Cholera in southern India
Disease focus: Cholera
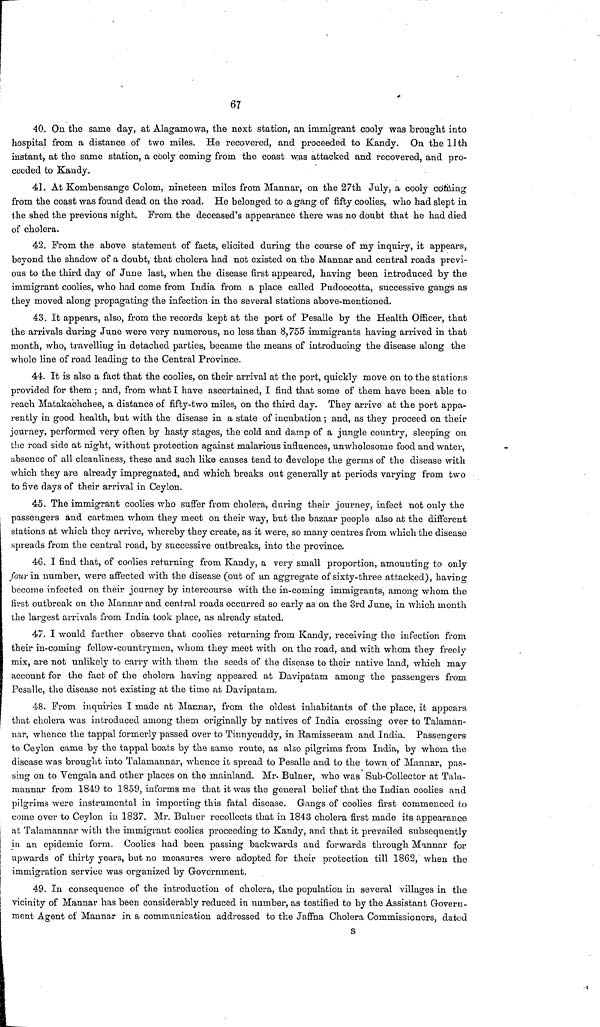
67
40. On the same day, at Alagamowa, the next station, an immigrant cooly was brought into
hospital from a distance of two miles. He recovered, and proceeded to Kandy. On the 11th
instant, at the same station, a cooly coming from the coast was attacked and recovered, and pro-
ceeded to Kandy.
41. At Kombensange Colom, nineteen miles from Mannar, on the 27th July, a cooly coming
from the coast was found dead on the road. He belonged to a gang of fifty coolies, who had slept in
the shed the previous night. From the deceased's appearance there was no doubt that he had died
of cholera.
42. From the above statement of facts, elicited during the course of my inquiry, it appears,
beyond the shadow of a doubt, that cholera had not existed on the Mannar and central roads previ-
ous to the third day of June last, when the disease first appeared, having been introduced by the
immigrant coolies, who had come from India from a place called Pudoocotta, successive gangs as
they moved along propagating the infection in the several stations above-mentioned.
43. It appears, also, from the records kept at the port of Pesalle by the Health Officer, that
the arrivals during June were very numerous, no less than 8,755 immigrants having arrived in that
month, who, travelling in detached parties, became the means of introducing the disease along the
whole line of road leading to the Central Province.
44. It is also a fact that the coolies, on their arrival at the port, quickly move on to the stations
provided for them ; and, from what I have ascertained, I find that some of them have been able to
reach Matakachchee, a distance of fifty-two miles, on the third day. They arrive at the port appa-
rently in good health, but with the disease in a state of incubation ; and, as they proceed on their
journey, performed very often by hasty stages, the cold and damp of a jungle country, sleeping on
the road side at night, without protection against malarious influences, unwholesome food and water,
absence of all cleanliness, these and such like causes tend to develope the germs of the disease with
which they are already impregnated, and which breaks out generally at periods varying from two
to five days of their arrival in Ceylon.
45, The immigrant coolies who suffer from cholera, dux-ing their journey, infect not only the
passengers and cartmen whom they meet on their way, but the bazaar people also at the different
stations at which they arrive, whereby they create, as it were, so many centres from which the disease
»spreads from the central road, by successive outbreaks, into the province.
46. I find that, of coolies returning from Kandy, a very small proportion, amounting to only
four in number, were affected with the disease (out of an aggregate of sixty-three attacked), having
become infected on their journey by intercourse with the in-coming immigrants, among whom the
first outbreak on the Mannar and central roads occurred so early as on the 3rd June, in which month
the largest arrivals from India took place, as already stated.
47. I would farther observe that coolies returning from Kandy, receiving the infection from
their in-coming fellow-countrymen, whom they meet with on the road, and with whom they freely
mix, are not unlikely to carry with them the seeds of the disease to their native land, which may
account for the fact of the cholera having appeared at Davipatam among the passengers from
Pesalle, the disease not existing at the time at Davipatam.
48. From inquiries I made at Mannar, from the oldest inhabitants of the place, it appears
that cholera was introduced among them originally by natives of India crossing over to Talaman-
nar, whence the tappal formerly passed over to Tinnycuddy, in Ramisseram and India. Passengers
to Ceylon came by the tappal boats by the same route, as also pilgrims from India, by whom the
disease was brought into Talamannar, whence it spread to Pesalle and to the town of Mannar, pas-
sing on to Vengala and other places on the mainland. Mr. Burner, who was Sub-Collector at Tala-
mannar from 1849 to 1859, informs me that it was the general belief that the Indian coolies and
pilgrims were instrurnental in importing this fatal disease. Gangs of coolies first commenced to
come over to Ceylon in 1837. Mr. Bulner recollects that in 1848 cholera first made its appearance
it Talamannar with the immigrant coolies proceeding to Kandy, and that it prevailed subsequently
in an epidemic form. Coolies had been passing backwards and forwards through Mannar for
upwards of thirty years, but no measures were adopted for their protection till 1862, when the
immigration service was organized by Government.
49. In consequence of the introduction of cholera, the population in several villages in the
vicinity of Mannar has been considerably reduced in number, as testified to by the Assistant Govern-
ment Agent of Mannar in a communication addressed to the Jaffna Cholera Commissioners, dated
S